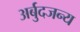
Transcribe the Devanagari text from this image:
अर्बुदजन्य